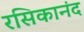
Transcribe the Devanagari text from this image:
रसिकानंद